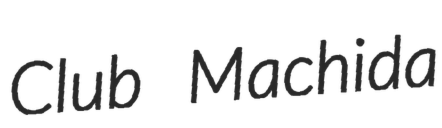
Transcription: Club Machida